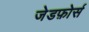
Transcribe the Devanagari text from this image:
जेडफ़ोर्स